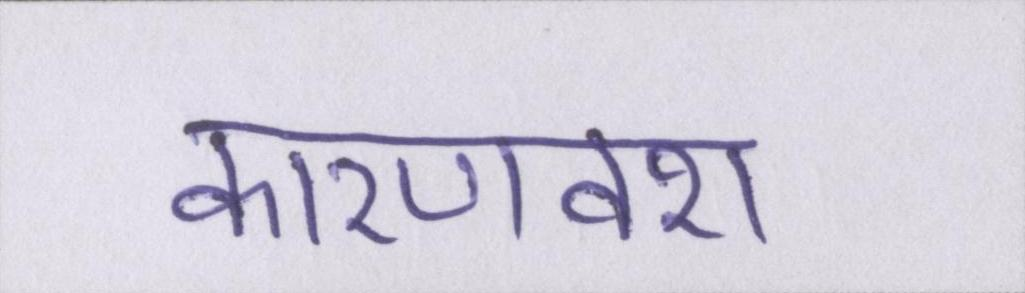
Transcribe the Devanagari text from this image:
कारणवश